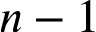
n - 1